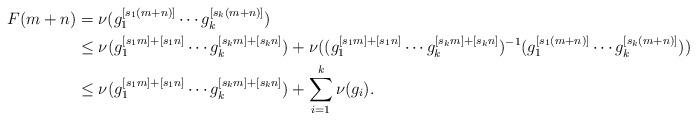
LaTeX: \begin{align*}F(m+n)&=\nu(g_1^{[s_1(m+n)]}\cdots g_k^{[s_k(m+n)]})\\&\leq\nu(g_1^{[s_1m]+[s_1n]}\cdots g_k^{[s_km]+[s_kn]})+\nu((g_1^{[s_1m]+[s_1n]}\cdots g_k^{[s_km]+[s_kn]})^{-1}(g_1^{[s_1(m+n)]}\cdots g_k^{[s_k(m+n)]}))\\&\leq\nu(g_1^{[s_1m]+[s_1n]}\cdots g_k^{[s_km]+[s_kn]})+\sum_{i=1}^k\nu(g_i).\\\end{align*}